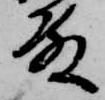
殿